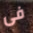
فى